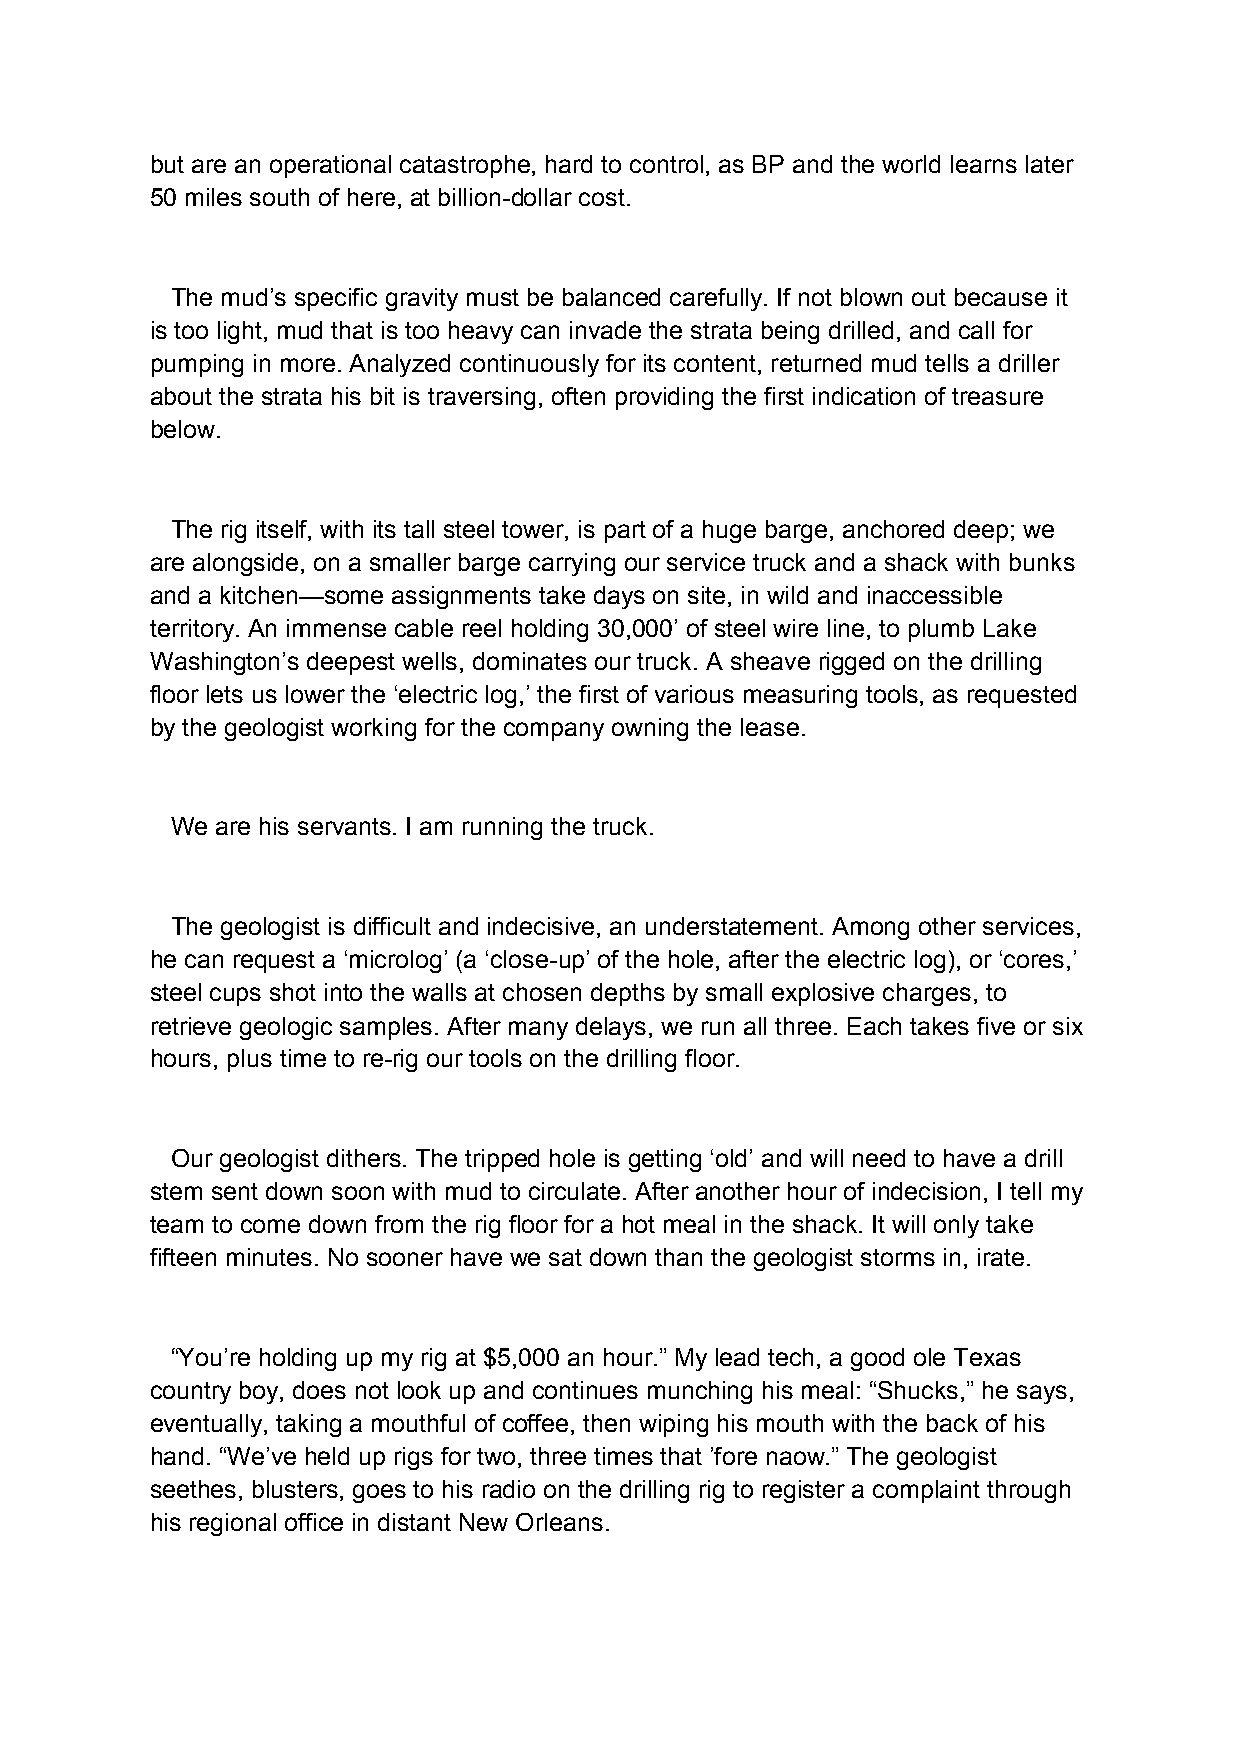
but are an operational catastrophe, hard to control, as BP and the world learns later
 50 miles south of here, at billion-dollar cost.
 The mud’s specific gravity must be balanced carefully. If not blown out because it
 is too light, mud that is too heavy can invade the strata being drilled, and call for
 pumping in more. Analyzed continuously for its content, returned mud tells a driller
 about the strata his bit is traversing, often providing the first indication of treasure
 below.
 The rig itself, with its tall steel tower, is part of a huge barge, anchored deep; we
 are alongside, on a smaller barge carrying our service truck and a shack with bunks
 and a kitchen—some assignments take days on site, in wild and inaccessible
 territory. An immense cable reel holding 30,000’ of steel wire line, to plumb Lake
 Washington’s deepest wells, dominates our truck. A sheave rigged on the drilling
 floor lets us lower the ‘electric log,’ the first of various measuring tools, as requested
 by the geologist working for the company owning the lease.
 We are his servants. I am running the truck.
 The geologist is difficult and indecisive, an understatement. Among other services,
 he can request a ‘microlog’ (a ‘close-up’ of the hole, after the electric log), or ‘cores,’
 steel cups shot into the walls at chosen depths by small explosive charges, to
 retrieve geologic samples. After many delays, we run all three. Each takes five or six
 hours, plus time to re-rig our tools on the drilling floor.
 Our geologist dithers. The tripped hole is getting ‘old’ and will need to have a drill
 stem sent down soon with mud to circulate. After another hour of indecision, I tell my
 team to come down from the rig floor for a hot meal in the shack. It will only take
 fifteen minutes. No sooner have we sat down than the geologist storms in, irate.
 “You’re holding up my rig at $5,000 an hour.” My lead tech, a good ole Texas
 country boy, does not look up and continues munching his meal: “Shucks,” he says,
 eventually, taking a mouthful of coffee, then wiping his mouth with the back of his
 hand. “We’ve held up rigs for two, three times that ’fore naow.” The geologist
 seethes, blusters, goes to his radio on the drilling rig to register a complaint through
 his regional office in distant New Orleans.